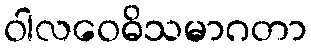
ဝါလဝေဓိသမာဂတာ